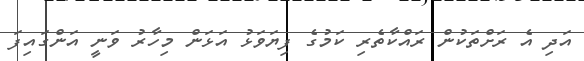
އަދި އެ ރަށްތަކުން ރައްކާތެރި ކަމުގެ ފިޔަވަޅު އަޅަން މިހާރު ވަނީ އަންގައިފަ